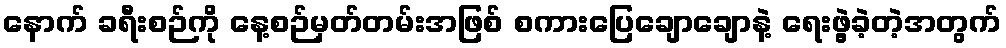
နောက် ခရီးစဉ်ကို နေ့စဉ်မှတ်တမ်းအဖြစ် စကားပြေချောချောနဲ့ ရေးဖွဲ့ခဲ့တဲ့အတွက်